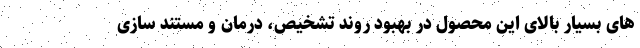
های بسیار بالای این محصول در بهبود روند تشخیص، درمان و مستند سازی